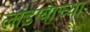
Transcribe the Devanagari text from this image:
लांडग्याच्या